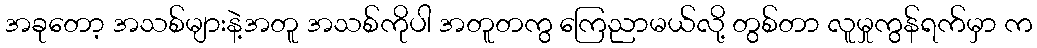
အခုတော့ အသစ်များနဲ့အတူ အသစ်ကိုပါ အတူတကွ ကြေညာမယ်လို့ တွစ်တာ လူမှုကွန်ရက်မှာ က